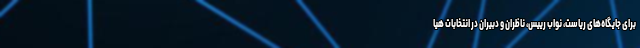
برای جایگاه‌های ریاست، نواب رییس، ناظران و دبیران در انتخابات هیا